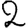
Digit: 2